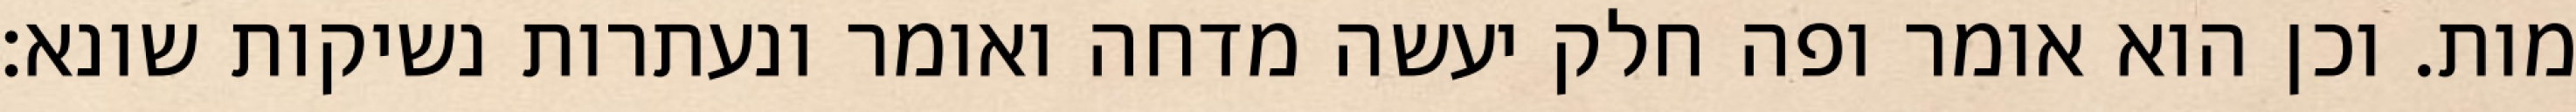
מות. וכן הוא אומר ופה חלק יעשה מדחה ואומר ונעתרות נשיקות שונא: